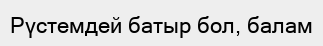
Рүстемдей батыр бол, балам